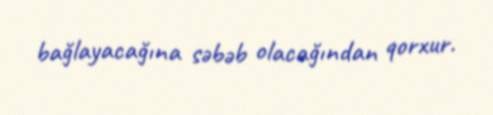
bağlayacağına səbəb olacağından qorxur.